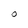
Character: O